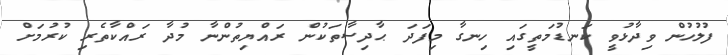
ފުލުހުން ވިދާޅުވީ ކަނޑުމަތީގައި ހިނގާ މިފަދަ ޙާދިސާތަކުން ރައްޔިތުންނާ މުދާ ރައްކާތެރި ކުރުމަށް